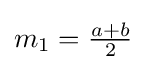
m_{1}={\tfrac {a+b}{2}}